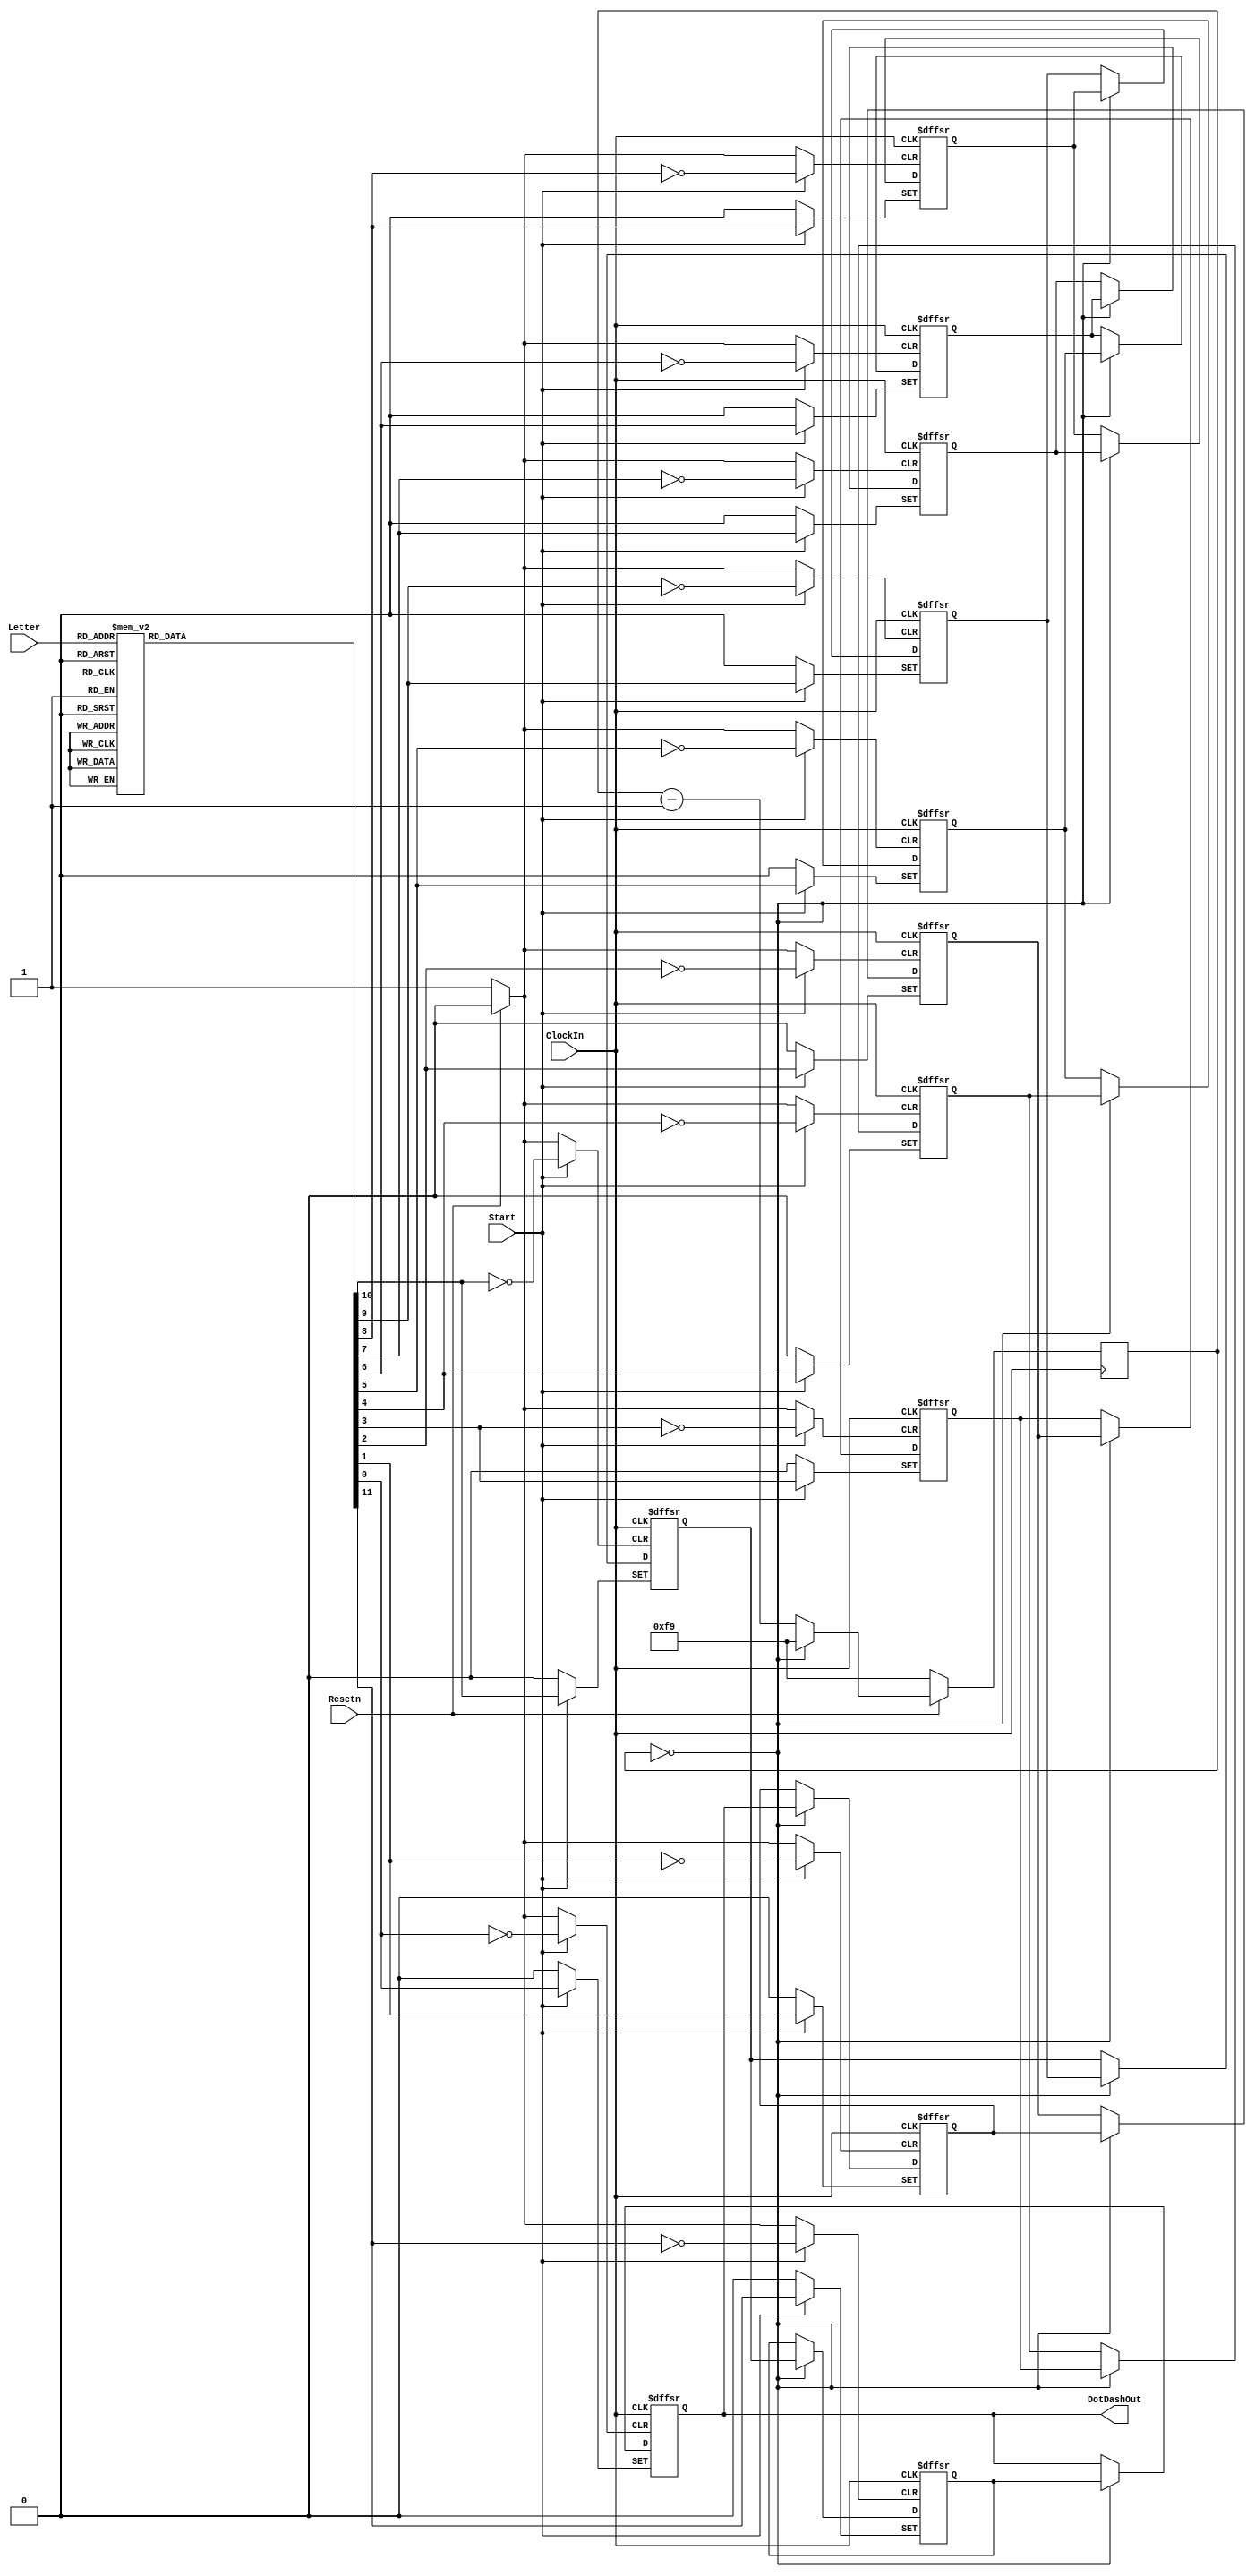


module part3(ClockIn, Resetn, Start, Letter, DotDashOut);
	input ClockIn;
	input Resetn;
	input [2:0] Letter;
	input Start;
	output DotDashOut;
	reg [7:0] w;
	reg [11:0] w2;
	reg [11:0] w3;

		
	always @(posedge ClockIn)
		begin
		if (Resetn == 1'b0) 
			w <= 8'b11111001;
			//w <= 8'b00000111;
		else if (w == 8'b00000000) 
			w <= 8'b11111001;
			//w <= 8'b00000111;
		else
			w <= w - 1;
		end
	
	always@(*)
	begin
		case(Letter[2:0])
			3'b000: w2 = 12'b101110000000;
			3'b001: w2 = 12'b111010101000;
			3'b010: w2 = 12'b111010111010;
			3'b011: w2 = 12'b111010100000;
			3'b100: w2 = 12'b100000000000;
			3'b101: w2 = 12'b101011101000;
			3'b110: w2 = 12'b111011101000;
			3'b111: w2 = 12'b101010100000;
		endcase
	end
	
	assign DotDashOut = w3[0];
	

	always@(posedge ClockIn, negedge Resetn, posedge Start)
	begin
		if (Resetn == 1'b0) begin
			w3[0]<=1'b0;
			//w <= 8'b11111001;
		end
		
		else if (Start ==1) begin
			w3[0] <= w2[0];
			//w <= 8'b11111001;
		end
		
		else if (w == 0)
			w3[0] <= w3[11];
	end
	
	always@(posedge ClockIn, negedge Resetn, posedge Start)
	begin
		if (Resetn == 1'b0) begin
			w3[1]<=1'b0;
			//w <= 8'b11111001;
		end
			
		else if (Start ==1) begin
			w3[1] <= w2[1];
			//w <= 8'b11111001;
		end
		
		else if (w == 0)
			w3[1] <= w3[0];
	end
	
	always@(posedge ClockIn, negedge Resetn, posedge Start)
	begin
		if (Resetn == 1'b0) begin
			w3[2]<=1'b0;
			//w <= 8'b11111001;
		end
		
		else if (Start ==1) begin
			w3[2] <= w2[2];
			//w <= 8'b11111001;
		end
			
		else if (w == 0)
			w3[2] <= w3[1];
	end
	
	always@(posedge ClockIn, negedge Resetn, posedge Start)
	begin
		if (Resetn == 1'b0) begin
			w3[3]<=1'b0;
			//w <= 8'b11111001;
		end
		
		else if (Start ==1) begin
			w3[3] <= w2[3];
			//w <= 8'b11111001;
		end
			
		else if (w == 0)
			w3[3] <= w3[2];
	end
	
	always@(posedge ClockIn, negedge Resetn, posedge Start)
	begin
		if (Resetn == 1'b0) begin
			w3[4]<=1'b0;
			//w <= 8'b11111001;
		end
		
		else if (Start ==1) begin
			w3[4] <= w2[4];
			//w <= 8'b11111001;
		end
		
		else if (w == 0)
			w3[4] <= w3[3];
	end
	
	always@(posedge ClockIn, negedge Resetn, posedge Start)
	begin
		if (Resetn == 1'b0) begin
			w3[5]<=1'b0;
			//w <= 8'b11111001;
		end
		
		else if (Start ==1) begin
			w3[5] <= w2[5];
			//w <= 8'b11111001;
		end
		
		else if (w == 0)
			w3[5] <= w3[4];
	end
	
	always@(posedge ClockIn, negedge Resetn, posedge Start)
	begin
		if (Resetn == 1'b0) begin
			w3[6]<=1'b0;
			//w <= 8'b11111001;
		end
			
		else if (Start ==1) begin
			w3[6] <= w2[6];
			//w <= 8'b11111001;
		end
		
		else if (w == 0)
			w3[6] <= w3[5];
	end
	
	always@(posedge ClockIn, negedge Resetn, posedge Start)
	begin
		if (Resetn == 1'b0) begin
			w3[7]<=1'b0;
			//w <= 8'b11111001;
		end
			
		else if (Start ==1) begin
			w3[7] <= w2[7];
			//w <= 8'b11111001;
		end
		
		else if (w == 0)
			w3[7] <= w3[6];
	end
	
	always@(posedge ClockIn, negedge Resetn, posedge Start)
	begin
		if (Resetn == 1'b0) begin
			w3[8]<=1'b0;
			//w <= 8'b11111001;
		end
			
		else if (Start ==1) begin
			w3[8] <= w2[8];
			//w <= 8'b11111001;
		end
		
		else if (w == 0)
			w3[8] <= w3[7];
	end
	
	always@(posedge ClockIn, negedge Resetn, posedge Start)
	begin
		if (Resetn == 1'b0) begin
			w3[9]<=1'b0;
			//w <= 8'b11111001;
		end
		
		else if (Start ==1) begin
			w3[9] <= w2[9];
			//w <= 8'b11111001;
		end
			
		else if (w == 0)
			w3[9] <= w3[8];
	end
	
	always@(posedge ClockIn, negedge Resetn, posedge Start)
	begin
		if (Resetn == 1'b0) begin
			w3[10]<=1'b0;
			//w <= 8'b11111001;
		end
			
		else if (Start ==1) begin
			w3[10] <= w2[10];
			//w <= 8'b11111001;
		end
		
		else if (w == 0)
			w3[10] <= w3[9];
	end
	
	always@(posedge ClockIn, negedge Resetn, posedge Start)
	begin
		if (Resetn == 1'b0) begin
			w3[11]<=1'b0;
			//w <= 8'b11111001;
		end
		
		else if (Start ==1) begin
			w3[11] <= w2[11];
			//w <= 8'b11111001;
		end
		
		else if (w == 0)
			w3[11] <= w3[10];
	end
	

//	flipflop flop1(
//		.clock(ClockIn),
//		.reset (Resetn),
//		.d(w2[0]&Start | ~Start&w3[1]),
//		.slowclock(w),
//		.q(w3[0])
//		);
//		
//	flipflop flop2(
//		.clock(ClockIn),
//		.reset (Resetn),
//		.d(w2[1]&Start | ~Start&w3[2]),
//		.slowclock(w),
//		.q(w3[1])
//		);
//		
//	flipflop flop3(
//		.clock(ClockIn),
//		.reset (Resetn),
//		.d(w2[2]&Start | ~Start&w3[3]),
//		.slowclock(w),
//		.q(w3[2])
//		);
//		
//	flipflop flop4(
//		.clock(ClockIn),
//		.reset (Resetn),
//		.d(w2[3]&Start | ~Start&w3[4]),
//		.slowclock(w),
//		.q(w3[3])
//		);
//		
//	flipflop flop5(
//		.clock(ClockIn),
//		.reset (Resetn),
//		.d(w2[4]&Start | ~Start&w3[5]),
//		.slowclock(w),
//		.q(w3[4])
//		);
//
//	flipflop flop6(
//		.clock(ClockIn),
//		.reset (Resetn),
//		.d(w2[5]&Start | ~Start&w3[6]),
//		.slowclock(w),
//		.q(w3[5])
//		);
//		
//	flipflop flop7(
//		.clock(ClockIn),
//		.reset (Resetn),
//		.d(w2[6]&Start | ~Start&w3[7]),
//		.slowclock(w),
//		.q(w3[6])
//		);
//		
//	flipflop flop8(
//		.clock(ClockIn),
//		.reset (Resetn),
//		.d(w2[7]&Start | ~Start&w3[8]),
//		.slowclock(w),
//		.q(w3[7])
//		);
//		
//	flipflop flop9(
//		.clock(ClockIn),
//		.reset (Resetn),
//		.d(w2[8]&Start | ~Start&w3[9]),
//		.slowclock(w),
//		.q(w3[8])
//		);
//		
//	flipflop flop10(
//		.clock(ClockIn),
//		.reset (Resetn),
//		.d(w2[9]&Start | ~Start&w3[10]),
//		.slowclock(w),
//		.q(w3[9])
//		);
//		
//	flipflop flop11(
//		.clock(ClockIn),
//		.reset (Resetn),
//		.d(w2[10]&Start | ~Start&w3[11]),
//		.slowclock(w),
//		.q(w3[10])
//		);
//		
//	flipflop flop12(
//		.clock(ClockIn),
//		.reset (Resetn),
//		.d(w2[11]&Start | ~Start&w3[0]),
//		.slowclock(w),
//		.q(w3[11])
//		);
		

		
endmodule
	//rotate with mux, .dashout takes first value of flop1 q
	


//module clockes(clock, count);
//	input clock;
//	output reg [7:0] count;
//	initial 
//		assign count = 8'b11111010;
//	always @(posedge clock)
//		begin
//		if (count == 8'b00000000)
//			count <= 8'b11111010;
//		else
//			count <= count - 1;
//		end
//		
//endmodule
		
	
//module mux8to1 (MuxSelect, Out);
//	input [2:0] MuxSelect;
//	output reg [11:0] Out;
//	
//	always@(*)
//	begin
//		case(MuxSelect)
//			3'b000: Out = 12'b10111000000;
//			3'b001: Out = 12'b11101010100;
//			3'b010: Out = 12'b11101011101;
//			3'b011: Out = 12'b11101010000;
//			3'b100: Out = 12'b10000000000;
//			3'b101: Out = 12'b10101110100;
//			3'b110: Out = 12'b11101110100;
//			3'b111: Out = 12'b10101010000;
//		endcase
//	end
//
//endmodule

//
//module flipflop(clock, reset, q, d, slowclock);
//	input clock;
//	input reset;
//	input [7:0]slowclock;
//	output reg q;
//	input d;
//	
//	always@(posedge clock, negedge reset)
//	begin
//		if (reset == 1'b0)
//			q<=1'b0;
//		
//		else if (slowclock == 8'b00000000)
//			q<=d;
//	end
//endmodule


//s&x | ~s&y